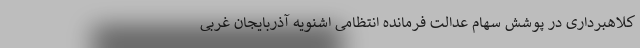
کلاهبرداری در پوشش سهام عدالت فرمانده انتظامی اشنویه آذربایجان غربی